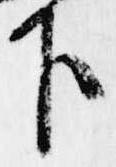
下